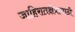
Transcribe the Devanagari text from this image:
जाहिरातक्षेत्रासाठी